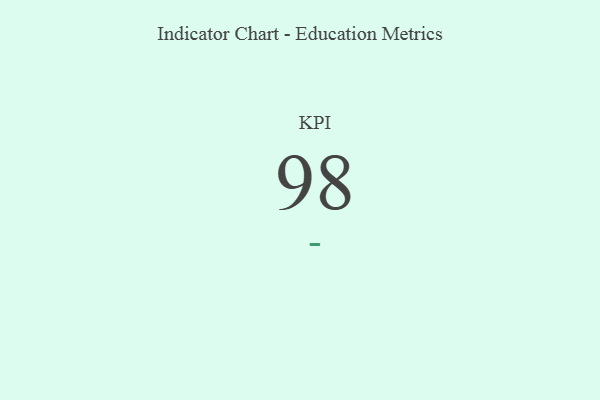
{"axis": {"x": "KPI", "y": "Value"}, "legend": [""], "data": [{"x": "KPI", "y": 98, "type": ""}]}